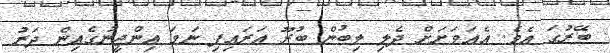
ބޭރުގަ އެވެ. އެއަވަށަށް ދެލި ލިބުން ބުރޫ އަރައިފި ނަމަ އިންޖީނުގެއިން ދަރު